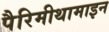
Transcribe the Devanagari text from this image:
पैरिमीथामाइन